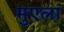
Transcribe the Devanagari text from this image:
मुएला